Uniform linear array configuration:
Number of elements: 48
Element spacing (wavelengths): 0.75
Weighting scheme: blackman
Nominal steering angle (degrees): -60
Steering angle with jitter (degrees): -59.393
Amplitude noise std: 0.05
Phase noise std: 0.05

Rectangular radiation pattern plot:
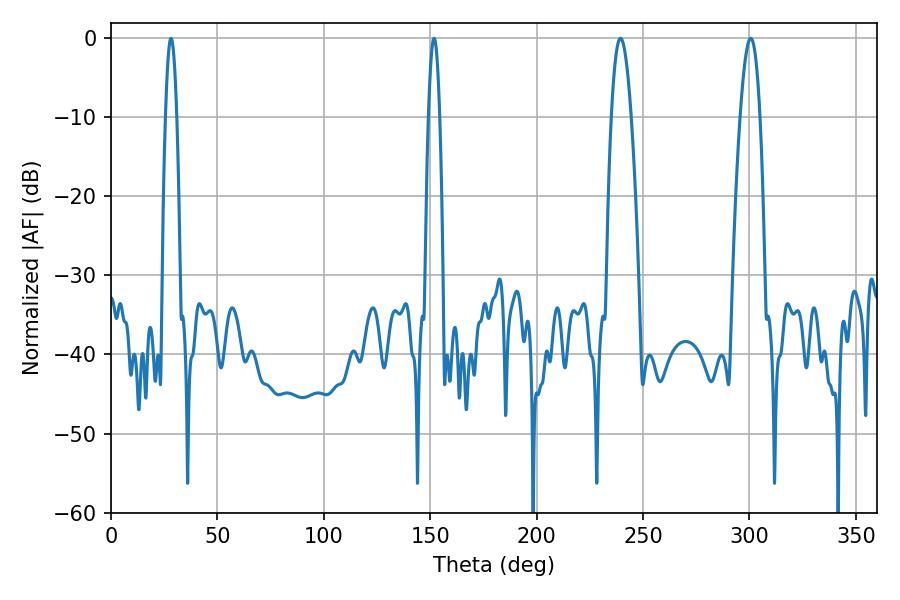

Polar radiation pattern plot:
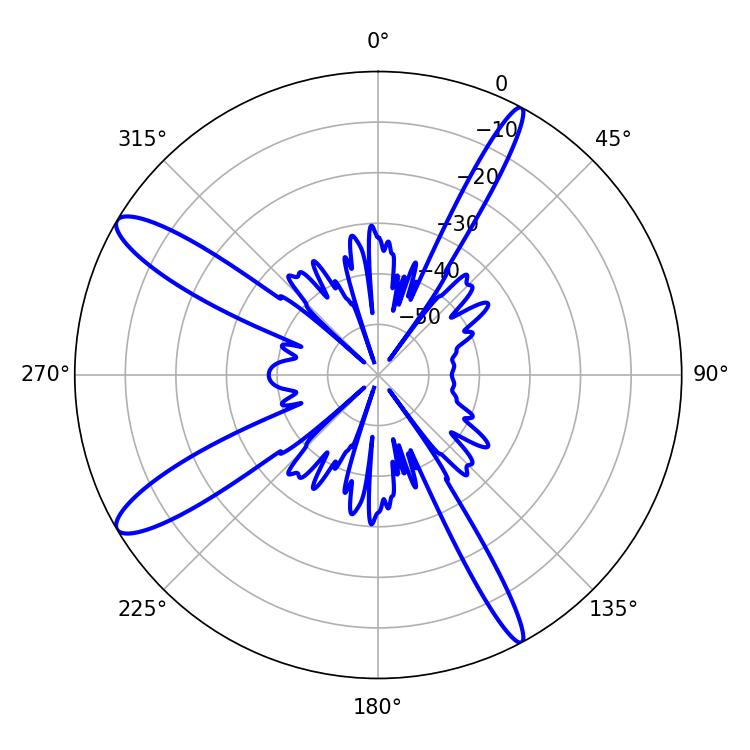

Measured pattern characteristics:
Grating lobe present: TRUE
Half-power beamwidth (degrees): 5.04
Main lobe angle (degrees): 300.6